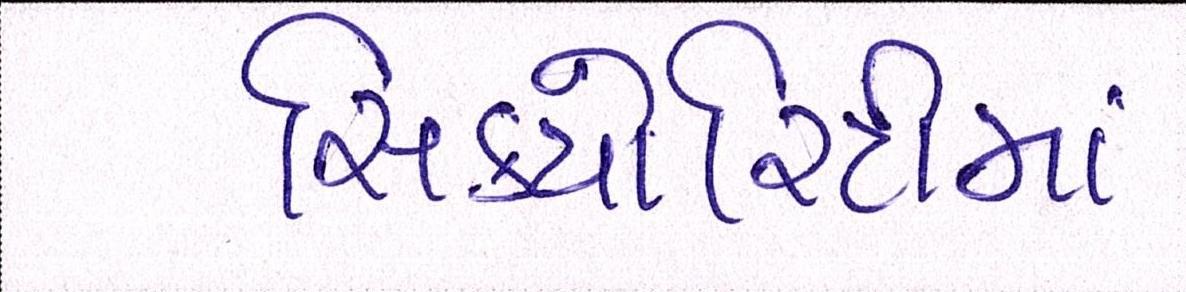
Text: સિક્યોરિટીમાં